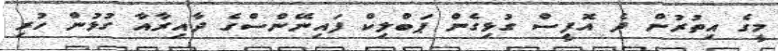
މީގެ އިތުރުން ދެ އޮފީސް ގުޅިގެން ޕަބްލިކް ފައިނޭންސްގެ ދާއިރާއާ ގުޅުން ހުރި